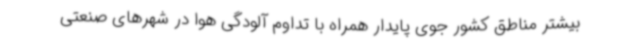
بیشتر مناطق کشور جوی پایدار همراه با تداوم آلودگی هوا در شهرهای صنعتی